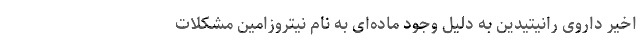
اخیر داروی رانیتیدین به دلیل وجود ماده‌ای به نام نیتروزامین مشکلات